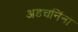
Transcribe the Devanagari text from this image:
अडचनिंना